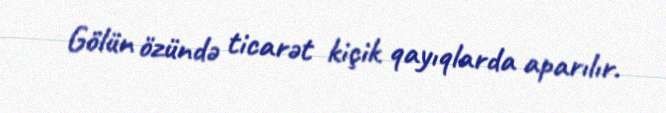
Gölün özündə ticarət kiçik qayıqlarda aparılır.